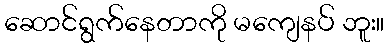
ဆောင်ရွက်နေတာကို မကျေနပ် ဘူး။